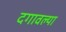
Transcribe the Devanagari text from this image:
दगावल्या